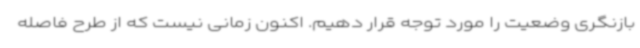
بازنگری وضعیت را مورد توجه قرار دهیم. اکنون زمانی نیست که از طرح فاصله